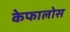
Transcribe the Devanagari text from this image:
केफालोस